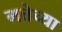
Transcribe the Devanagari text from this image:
मत्तेच्या